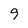
Character: 9